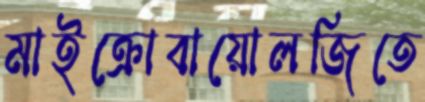
মাইক্রোবায়োলজিতে